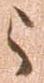
与